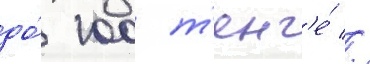
до́ 100 т'енг'е́ //